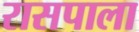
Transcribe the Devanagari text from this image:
रासपाला